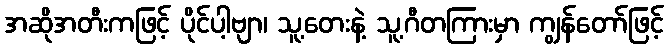
အဆိုအတီးကဖြင့် ပိုင်ပါ့ဗျာ၊ သူ့တေးနဲ့ သူ့ဂီတကြားမှာ ကျွန်တော်ဖြင့်